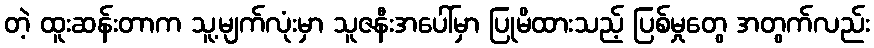
တဲ့ ထူးဆန်းတာက သူ့မျက်လုံးမှာ သူဇနီးအပေါ်မှာ ပြုမိထားသည့် ပြစ်မှုတွေ အတွက်လည်း